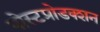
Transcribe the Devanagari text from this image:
पोस्टप्रोडक्शन